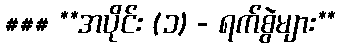
### **အပိုင်း (၁) - ရက်စွဲများ**